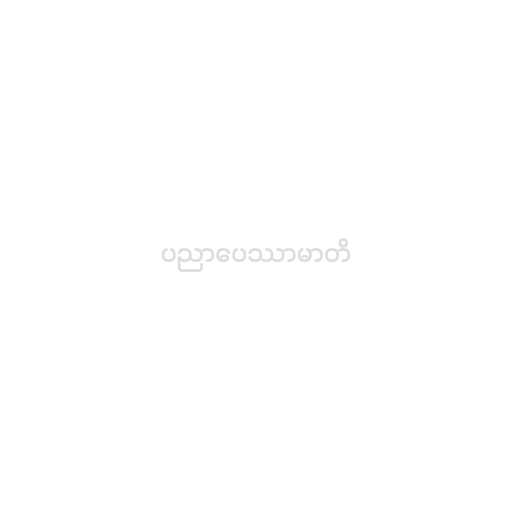
ပညာပေဿာမာတိ